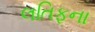
લતિફના